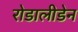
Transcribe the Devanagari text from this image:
रोडालीडेन